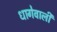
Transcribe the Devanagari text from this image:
धागेवाली